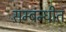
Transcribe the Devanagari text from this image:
सम्बंन्धीत